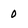
Character: 0